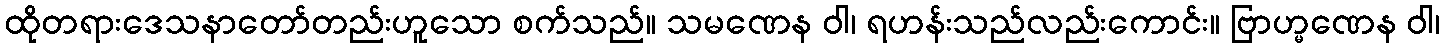
ထိုတရားဒေသနာတော်တည်းဟူသော စက်သည်။ သမဏေန ဝါ၊ ရဟန်းသည်လည်းကောင်း။ ဗြာဟ္မဏေန ဝါ၊